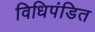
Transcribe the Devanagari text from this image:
विधिपंडित